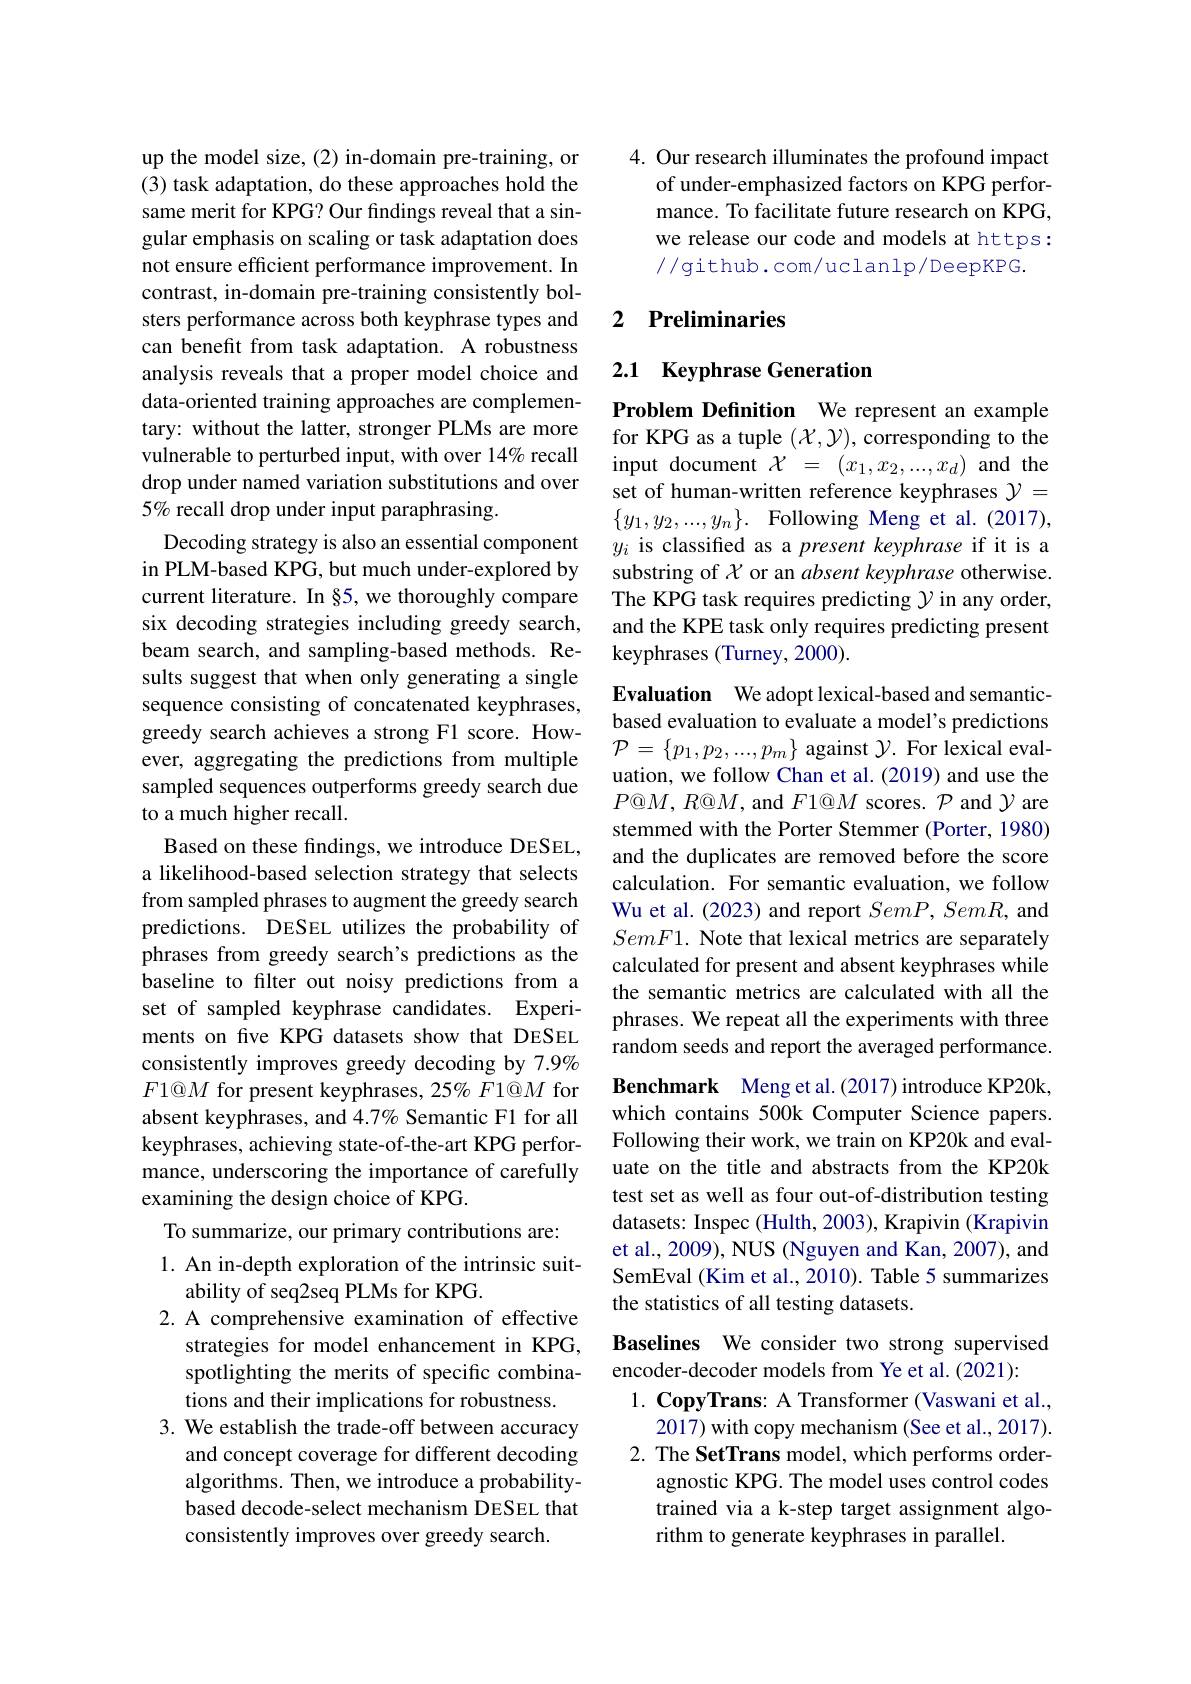
up the model size, (2) in-domain pre-training, or (3) task adaptation, do these approaches hold the same merit for KPG? Our findings reveal that a singular emphasis on scaling or task adaptation does not ensure efficient performance improvement. In contrast, in-domain pre-training consistently bolsters performance across both keyphrase types and can benefit from task adaptation. A robustness analysis reveals that a proper model choice and data-oriented training approaches are complementary: without the latter, stronger PLMs are more vulnerable to perturbed input, with over 14% recall drop under named variation substitutions and over 5% recall drop under input paraphrasing.
Decoding strategy is also an essential component in PLM-based KPG, but much under-explored by current literature. In §5, we thoroughly compare six decoding strategies including greedy search, beam search, and sampling-based methods. Results suggest that when only generating a single sequence consisting of concatenated keyphrases, greedy search achieves a strong F1 score. However, aggregating the predictions from multiple sampled sequences outperforms greedy search due to a much higher recall.
Based on these findings, we introduce DESEL, a likelihood-based selection strategy that selects from sampled phrases to augment the greedy search predictions. DESEL utilizes the probability of phrases from greedy search's predictions as the baseline to filter out noisy predictions from a set of sampled keyphrase candidates. Experiments on five KPG datasets show that DESEL consistently improves greedy decoding by 7.9% $F1@M$ for present keyphrases, 25% F1@M for absent keyphrases, and 4.7% Semantic F1 for all keyphrases, achieving state-of-the-art KPG performance, underscoring the importance of carefully examining the design choice of KPG.
To summarize, our primary contributions are:
1. An in-depth exploration of the intrinsic suit-
ability of seq2seq PLMs for KPG.
2. A comprehensive examination of effective
strategies for model enhancement in KPG, spotlighting the merits of specific combinations and their implications for robustness.
3. We establish the trade-off between accuracy
and concept coverage for different decoding algorithms. Then, we introduce a probabilitybased decode-select mechanism DESEL that consistently improves over greedy search.

4. Our research illuminates the profound impact
of under-emphasized factors on KPG performance. To facilitate future research on KPG, we release our code and models at https: //github.com/uclanlp/DeepKPG.

### 2 $\textbf{Preliminaries}$

## 2.1 Keyphrase Generation

Problem Definition We represent an example for KPG as a tuple $(\mathcal{X},\mathcal{Y})$, corresponding to the input document $\mathcal{X}=(x_1,x_2,...,x_d)$ and the set of human-written reference keyphrases $\mathcal{Y}=$ $\{ y_{1}, y_{2}, . . . , y_{n}\} .$ Following Meng et al.(2017), $y_i$ is classified as a present keyphrase if it is a substring of $\chi$ or an absent keyphrase otherwise. The KPG task requires predicting $\mathcal{Y}$ in any order, and the KPE task only requires predicting present keyphrases (Turney, 2000).

Evaluation We adopt lexical-based and semanticbased evaluation to evaluate a model's predictions $\mathcal{P}=\{p_1,p_2,...,p_m\}$ against $\mathcal{Y}.$ For lexical evaluation, we follow Chan et al.(2019) and use the $P@M,R@M$, and $F1@M$ scores. $\mathcal{P}$ and $\mathcal{Y}$ are stemmed with the Porter Stemmer (Porter, 1980) and the duplicates are removed before the score calculation. For semantic evaluation, we follow Wu et al. (2023) and report $SemP,SemR$, and $SemF1.$ Note that lexical metrics are separately calculated for present and absent keyphrases while the semantic metrics are calculated with all the phrases. We repeat all the experiments with three random seeds and report the averaged performance. Benchmark Meng et al.(2017) introduce KP20k,

which contains 500k Computer Science papers.

Following their work, we train on KP20k and eval-

uate on the title and abstracts from the KP20k

test set as well as four out-of-distribution testing

datasets: Inspec (Hulth, 2003), Krapivin (Krapivin

et al., 2009), NUS (Nguyen and Kan, 2007), and

SemEval (Kim et al., 2010). Table 5 summarizes

the statistics of all testing datasets.

Baselines We consider two strong supervised
encoder-decoder models from Ye et al. (2021):
1. CopyTrans: A Transformer (Vaswani et al.,
2017) with copy mechanism (See et al., 2017). 2. The SetTrans model, which performs order-
agnostic KPG. The model uses control codes trained via a k-step target assignment algorithm to generate keyphrases in parallel.